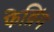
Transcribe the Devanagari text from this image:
फेव्रिंग